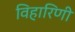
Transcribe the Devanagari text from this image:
विहारिणी